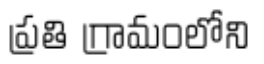
ప్రతి గ్రామంలోని